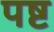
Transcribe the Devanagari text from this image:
पष्ट